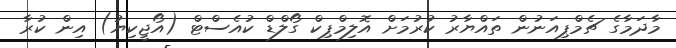
މާދަމާގެ ޗެމްޕިއަނުން ތައްޔާރު ކުރުމަށް އޮލިމްޕިކް ގޯލްޑް ކުއެސްޓް (އޯޖީކިޔު) އިން ކުރާ